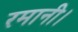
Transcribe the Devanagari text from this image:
रमानी।